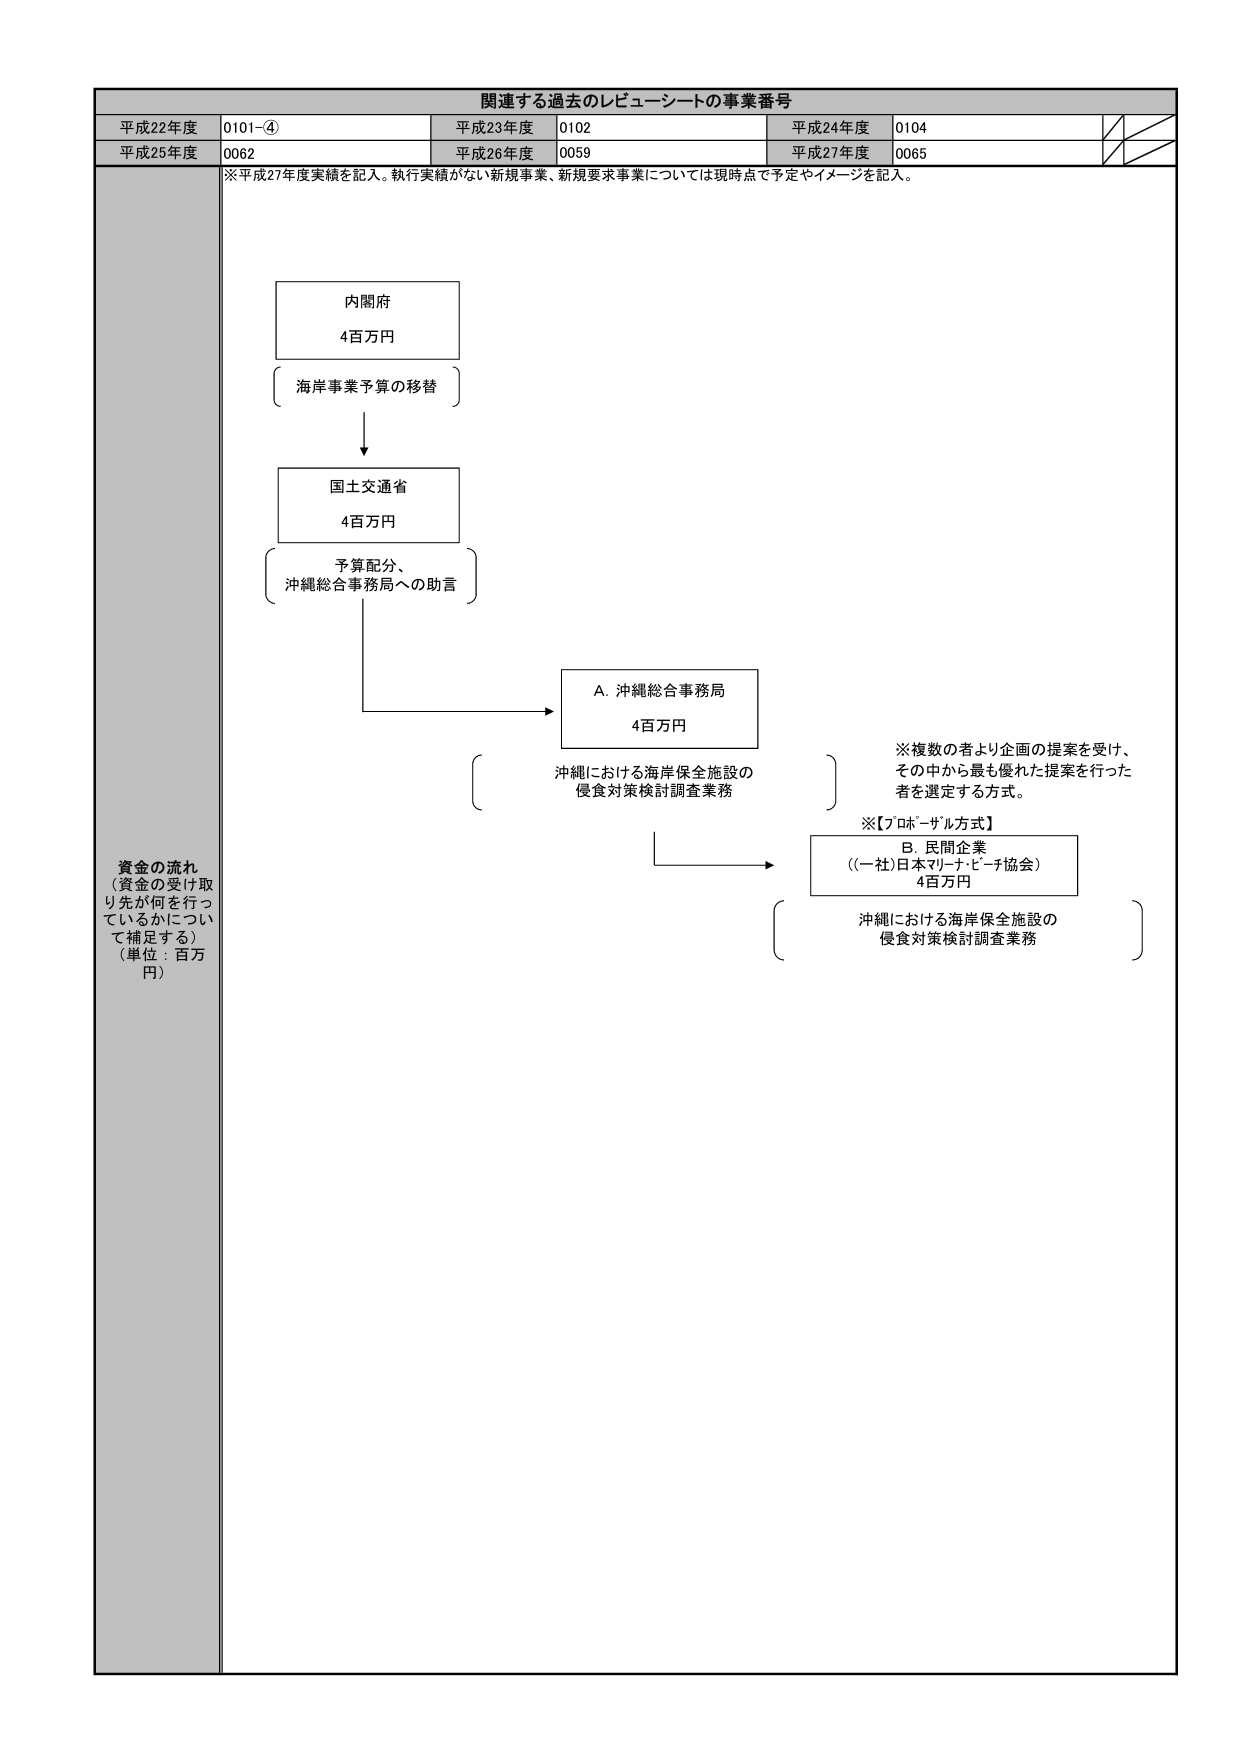
関連する過去のレピューシートの事業番号
平成22年度 0101-④ 平成23年度 0102 平成24年度 0104
平成25年度 0062 平成26年度 0059 平成27年度 0065
※平成27年度実績を記入。執行実績がない新規事業、新規要求事業については現時点で予定やイメージを記入。
資金の流れ
（資金の受け取り先が何を行っているかについて補足する）
（単位：百万円）
内閣府
4百万円
海岸事業予算の移替
国土交通省
4百万円
予算配分、
沖縄総合事務局への助言
A. 沖縄総合事務局
4百万円
沖縄における海岸保全施設の
侵食対策検討調査業務
※複数の者より企画の提案を受け、
その中から最も優れた提案を行った
者を選定する方式。
※【プロポーザル方式】
B. 民間企業
((一社)日本マリーナ・ビーチ協会)
4百万円
沖縄における海岸保全施設の
侵食対策検討調査業務